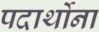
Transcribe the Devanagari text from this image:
पदार्थोना